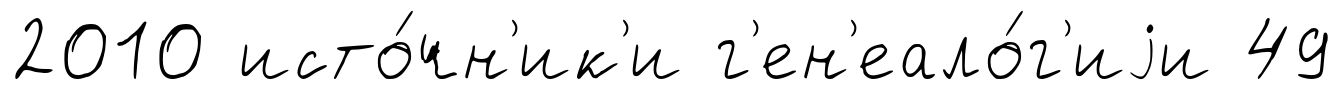
2010 исто́чн'ик'и г'ен'еало́г'иjи 49